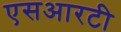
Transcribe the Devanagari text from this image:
एसआरटी